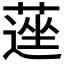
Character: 𦹇